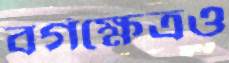
বর্গক্ষেত্রও